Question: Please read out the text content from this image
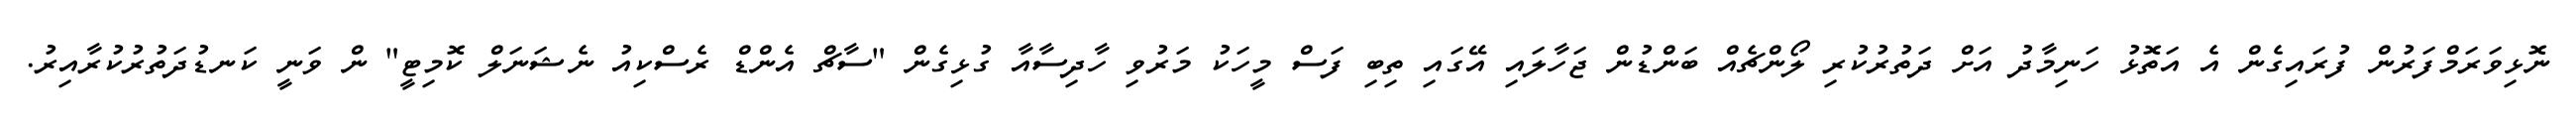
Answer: ނޮޅިވަރަމްފަރުން ފުރައިގެން އެ އަތޮޅު ހަނިމާދު އަށް ދަތުރުކުރި ލޯންޗެއް ބަންޑުން ޖަހާލައި އޭގައި ތިބި ފަސް މީހަކު މަރުވި ހާދިސާއާ ގުޅިގެން "ސާޗް އެންޑް ރެސްކިއު ނެޝަނަލް ކޮމިޓީ" ން ވަނީ ކަނޑުދަތުރުކުރާއިރު.